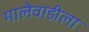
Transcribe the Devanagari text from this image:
मालेवाडीला